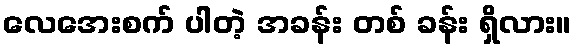
လေအေးစက် ပါတဲ့ အခန်း တစ် ခန်း ရှိလား။